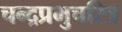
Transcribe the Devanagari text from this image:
चन्द्रप्रभुचरित्र